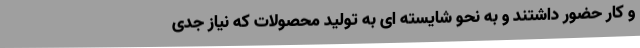
و کار حضور داشتند و به نحو شایسته ای به تولید محصولات که نیاز جدی